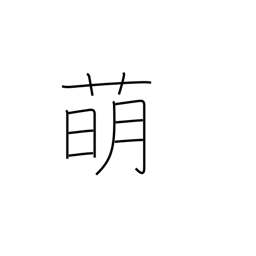
Meaning: malt